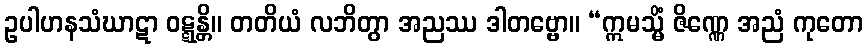
ဥပါဟနသံဃာဋာ ဝဋ္ဋန္တိ။ တတိယံ လဘိတွာ အညဿ ဒါတဗ္ဗော။ “ဣမသ္မိံ ဇိဏ္ဏေ အညံ ကုတော